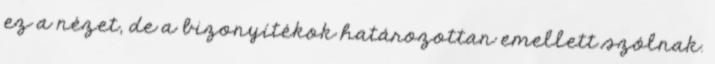
ez a nézet, de a bizonyítékok határozottan emellett szólnak.